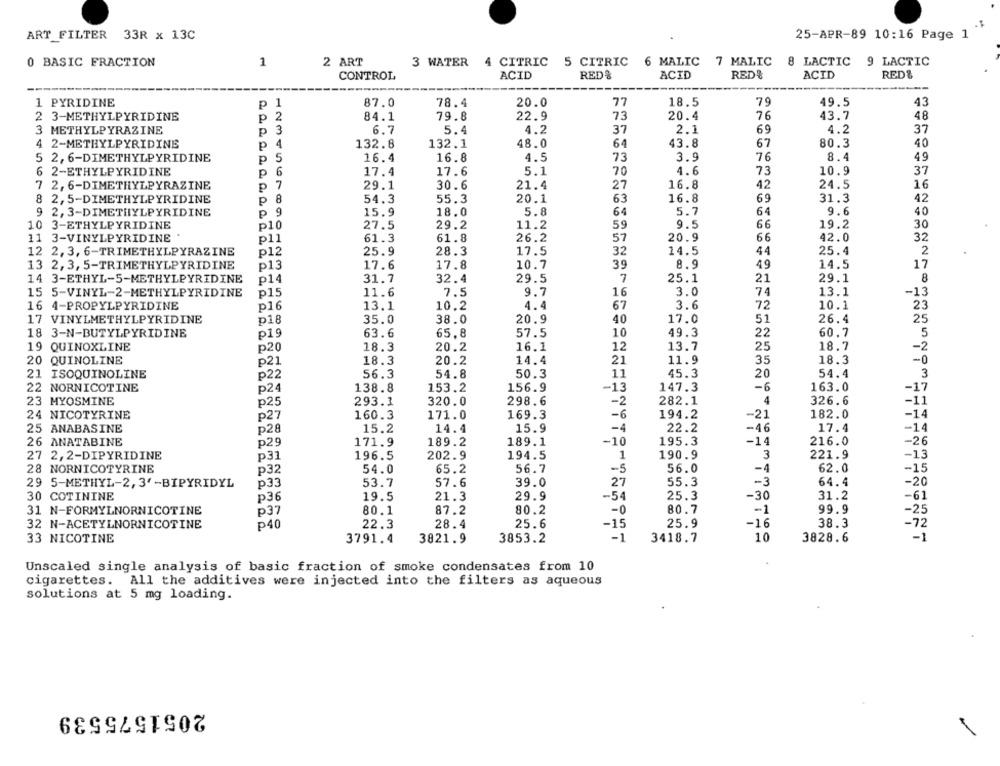
ART FILTER 33R x 13C
25-APR-89 10:16 Page 1
2 ART
3 WATER
4 CITRIC 5 CITRIC 6 MALIC 7 MALIC 8 LACTIC 9 LACTIC
0 BASIC FRACTION
1
CONTROL
ACID
RED &
ACID
RED&
ACID
RED&
1 PYRIDINE
P
87.0
78.4
20.0
77
18.5
79
49.5
43
2
84.1
20.4
43.7
48
2 3-METHYLPYRIDINE
p
79.8
22.9
73
76
3 METHYLPYRAZINE
3
6.7
5.4
4.2
37
2.1
69
4.2
37
P
4 2-METHYLPYRIDINE
p
4
132.8
132.1
48.0
64
43.8
67
80.3
40
5 2, 6-DIMETHYLPYRIDINE
P
5
16.4
16.8
4.5
73
3.9
76
8.4
49
6 2-ETHYLPYRIDINE
P
6
17.4
17.6
5.1
70
4.6
73
10.9
37
7 2, 6-DIMETHYLPYRAZINE
7
29.1
30.6
27
16.8
24.5
16
P
21.4
42
8 2,5-DIMETHYLPYRIDINE
8
54.3
55.3
20.1
63
16.8
69
31.3
42
P
9 2, 3-DIMETHYLPYRIDINE
p 9
15.9
18.0
5.8
64
5.7
64
9.6
40
10 3-ETHYLPYRIDINE
p10
27.5
29.2
11.2
59
9.5
66
19.2
30
11 3-VINYLPYRIDINE
pl1
61.3
61.8
26.2
57
20.9
42.0
32
66
12 2,3, 6-TRIMETHYLPYRAZINE
p12
25.9
28.3
17.5
32
14.5
44
25.4
2
13 2,3, 5-TRIMETHYLPYRIDINE
p13
17.6
17.8
10.7
39
8.9
49
14.5
17
7
14 3-ETHYL-5-METHYLPYRIDINE
p14
31.7
32.4
29.5
25.1
21
29.1
8
15 5-VINYL-2-METHYLPYRIDINE
p15
11.6
16
3.0
74
13.1
-13
7.5
9.7
16 4-PROPYLPYRIDINE
p16
13.1
10.2
4.4
67
3.6
72
10.1
23
17 VINYLMETHYLPYRIDINE
p18
35.0
38.0
20.9
40
17.0
51
26.4
25
18 3-N-BUTYLPYRIDINE
p19
63.6
65.8
57.5
10
49.3
22
60.7
5
19 QUINOXLINE
p20
18.3
20.2
16.1
12
13.7
25
18.7
-2
20 QUINOLINE
p21
18.3
20.2
14.4
21
11.9
18.3
-0
35
21 ISOQUINOLINE
p22
56.3
54.8
50.3
11
45.3
20
54.4
3
22 NORNICOTINE
p24
138.8
153.2
156.9
-13
147.3
-6
163.0
-17
23 MYOSMINE
p25
293.1
320.0
298.6
-2
282.1
4
326.6
-11
-6
-14
24 NICOTYRINE
p27
160.3
171.0
169.3
194.2
-21
182.0
25 ANABASINE
p28
15.2
14.4
15.9
-4
22.2
-46
17.4
-14
26 ANATABINE
p29
171.9
189.2
189.1
-10
195.3
-14
216.0
-26
27 2,2-DIPYRIDINE
p31
196.5
202.9
194.5
1
190.9
3
221.9
-13
28 NORNICOTYRINE
-5
-4
62.0
p32
54.0
65.2
56.7
56.0
-15
p33
53.7
57.6
39.0
27
55.3
-3
64.4
-20
29 5-METHYL-2,3' -BIPYRIDYL
30 COTININE
p36
19.5
21.3
29.9
-54
25.3
-30
31.2
-61
31 N-FORMYLNORNICOTINE
p37
80.1
87.2
80.2
-0
80.7
-1
99.9
-25
32 N-ACETYLNORNICOTINE
p40
22.3
28.4
25.6
-15
25.9
-16
38.3
-72
-1
33 NICOTINE
3791.4
3821.9
3853.2
-1
3418.7
10
3828.6
Unscaled single analysis of basic fraction of smoke condensates from 10
cigarettes. All the additives were injected into the filters as aqueous
solutions at 5 mg loading.
2051575539